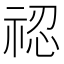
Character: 𥚆